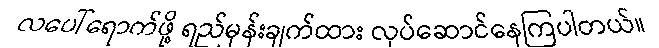
လပေါ်ရောက်ဖို့ ရည်မှန်းချက်ထား လုပ်ဆောင်နေကြပါတယ်။